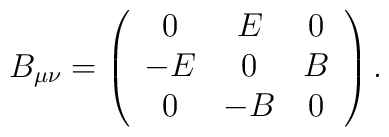
B_{\mu\nu}=\left(\begin{array}{ccc}0&E&0 \\-E&0&B\\0&-B&0\end{array}\right).